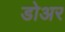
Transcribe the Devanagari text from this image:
डोअर